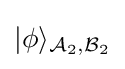
|\phi \rangle _{{\mathcal {A}}_{2},{\mathcal {B}}_{2}}